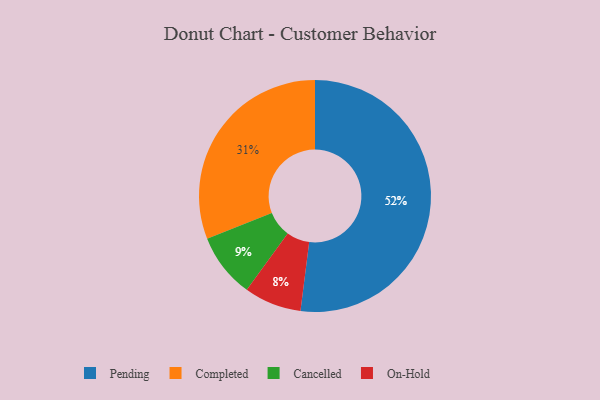
{"axis": {"x": "Category", "y": "Percentage"}, "legend": ["Cancelled", "Completed", "On-Hold", "Pending"], "data": [{"x": "Pending", "y": 52, "type": "Pending"}, {"x": "On-Hold", "y": 8, "type": "On-Hold"}, {"x": "Cancelled", "y": 9, "type": "Cancelled"}, {"x": "Completed", "y": 31, "type": "Completed"}]}